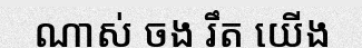
ណាស់ ចង រឹត យើង